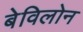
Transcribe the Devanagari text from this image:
बेविलोन